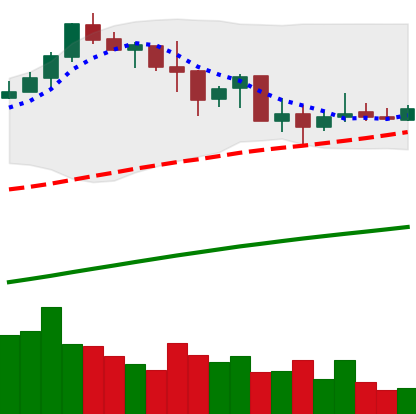
Ticker: BNB-USD
Chart end date: 2019-07-07
Forward return: -4.653%
Label: down_3_5